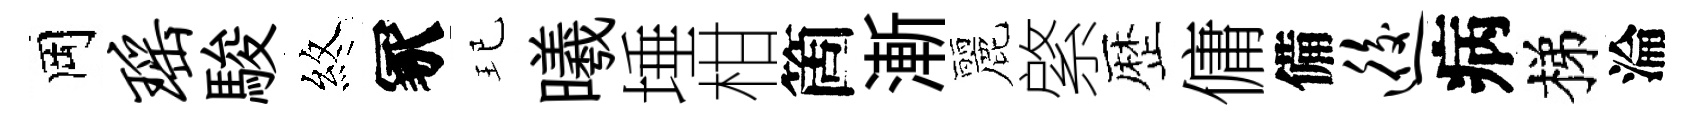
岡瑶駿煞冢玘曦埵柑箇漸麗綮歴傭備逅病梯淪